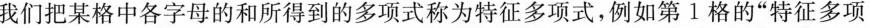
我们把某格中各字母的和所得到的多项式称为特征多项式，例如第1格的”特征多项